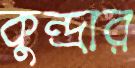
কুন্দ্রার